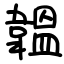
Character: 韞